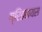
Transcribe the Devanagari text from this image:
ग्रिडबायस